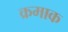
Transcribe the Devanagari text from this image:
क्रमाक